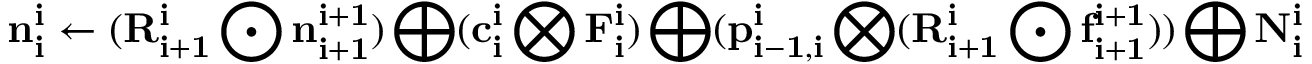
\mathbf { n _ { i } ^ { i } } \gets ( \mathbf { R _ { i + 1 } ^ { i } } \bigodot \mathbf { n _ { i + 1 } ^ { i + 1 } } ) \bigoplus ( \mathbf { c _ { i } ^ { i } } \bigotimes \mathbf { F _ { i } ^ { i } } ) \bigoplus ( \mathbf { p _ { i - 1 , i } ^ { i } } \bigotimes ( \mathbf { R _ { i + 1 } ^ { i } } \bigodot \mathbf { f _ { i + 1 } ^ { i + 1 } } ) ) \bigoplus \mathbf { N _ { i } ^ { i } }